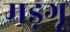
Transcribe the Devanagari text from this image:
मड़गू